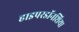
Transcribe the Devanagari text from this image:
हाइपरडॉनशिया